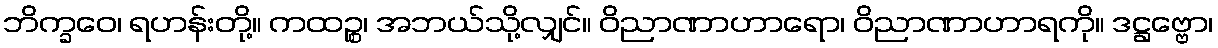
ဘိက္ခဝေ၊ ရဟန်းတို့။ ကထဉ္စ၊ အဘယ်သို့လျှင်။ ဝိညာဏာဟာရော၊ ဝိညာဏာဟာရကို။ ဒဋ္ဌဗ္ဗော၊